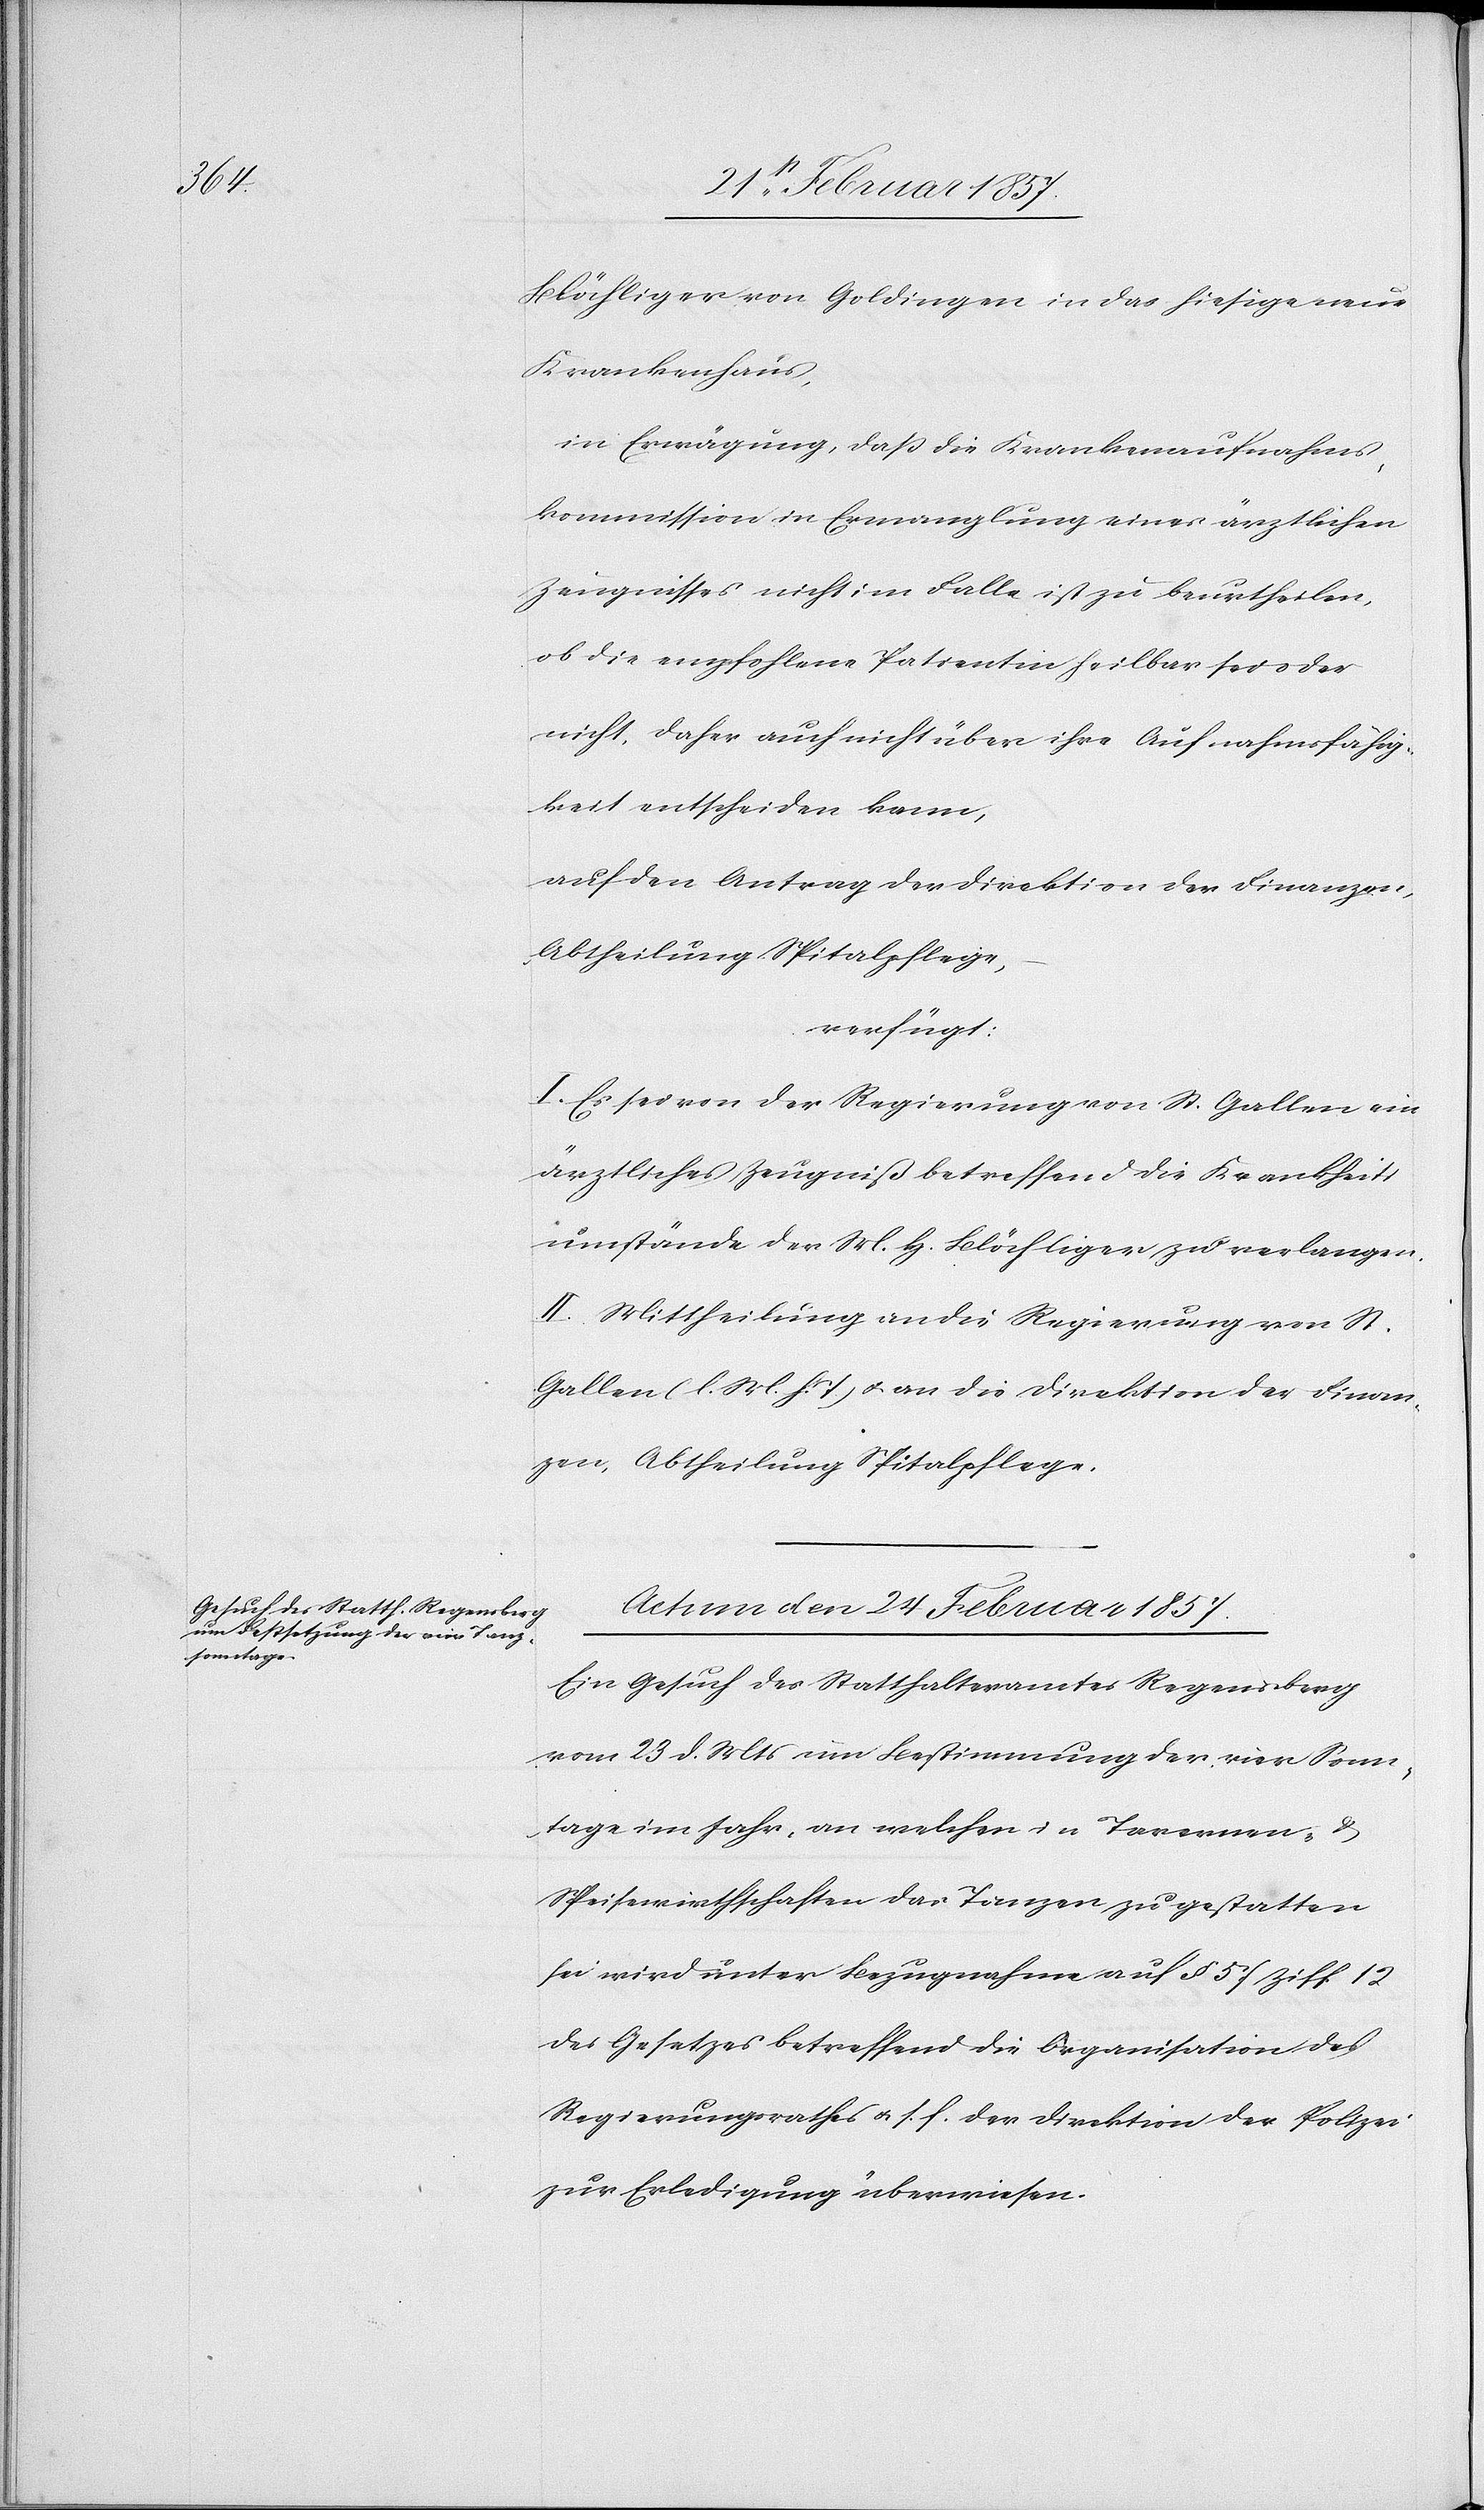
Blöchliger von Goldingen in das hiesige neue
Krankenhaus,
in Erwägung, daß die Krankenaufnahms¬
kommission in Ermanglung eines ärztlichen
Zeugnisses nicht im Falle ist zu beurtheilen,
ob die empfohlene Patientin heilbar sei oder
nicht, daher auch nicht über ihre Aufnahmsfähig¬
keit entscheiden kann,
auf den Antrag der Direktion der Finanzen,
Abtheilung Spitalpflege,
verfügt:
I. Es sei von der Regierung von St. Gallen ein
ärztliches Zeugniß betreffend die Krankheits¬
umstände der M. H. Blöchliger zu verlangen.
II. Mittheilung an die Regierung von St.
Gallen (l. M. h. T.) u. an die Direktion der Finan¬
zen, Abtheilung Spitalpflege.
Actum den 24 Februar 1857.
Ein Gesuch des Statthalteramtes Regensberg
vom 23 d. Mts um Bestimmung der vier Sonn¬
tage im Jahr, an welchen in Tavernen- u.
Speisewirthschaften das Tanzen zu gestatten
sei wird unter Bezugnahme auf § 51 Ziff 12
des Gesetzes betreffend die Organisation des
Regierungsrathes u. s. f. der Direktion der Polizei
zur Erledigung überwiesen.